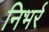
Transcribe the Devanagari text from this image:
निभर्र